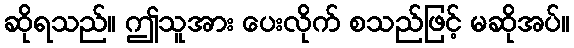
ဆိုရသည်။ ဤသူအား ပေးလိုက် စသည်ဖြင့် မဆိုအပ်။